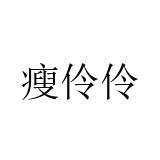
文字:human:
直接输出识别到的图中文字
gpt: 瘦伶伶